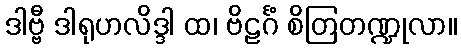
ဒါဗ္ဗီ ဒါရုဟလိဒ္ဒါ ထ၊ ဗိဠင်္ဂံ စိတြတဏ္ဍုလာ။